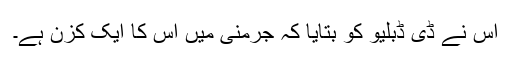
اس نے ڈی ڈبلیو کو بتایا کہ جرمنی میں اس کا ایک کزن ہے۔